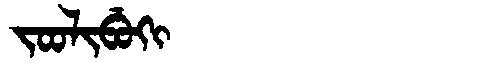
Manchu: ᠵᠣᠣᠯᡳᠪᡠᡴᡳ
Romanization: JOOLIBUKI